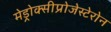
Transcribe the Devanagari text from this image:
मेड्रोक्सीप्रोजेस्टेरोन